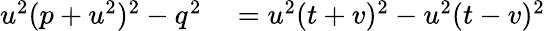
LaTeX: \begin{array}{rl}{u^{2}(p+u^{2})^{2}-q^{2}}&{{}=u^{2}(t+v)^{2}-u^{2}(t-v)^{2}}\end{array}